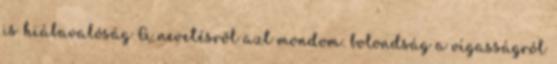
is hiábavalóság A nevetésrõl azt mondom: bolondság a vígasságról